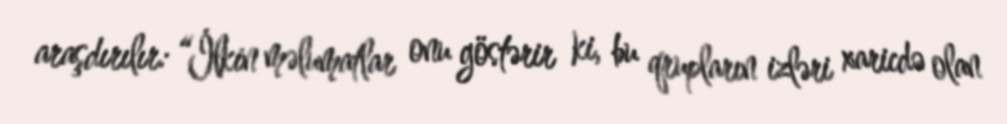
araşdırılır: “İlkin məlumatlar onu göstərir ki, bu qrupların izləri xaricdə olan